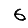
Digit: 6